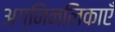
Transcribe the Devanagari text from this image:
अग्निनलिकाएँ